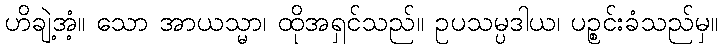
ဟိချဲ့အံ့။ သော အာယသ္မာ၊ ထိုအရှင်သည်။ ဥပသမ္ပဒါယ၊ ပဉ္စင်းခံသည်မှ။